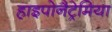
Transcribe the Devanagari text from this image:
हाइपोनैट्रेमिया